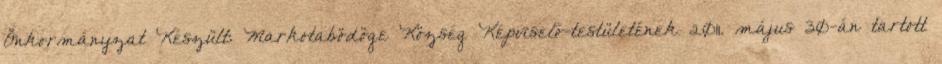
Önkormányzat Készült: Markotabödöge Község Képviselő-testületének 2011. május 30-án tartott